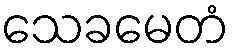
သေခမေတံ